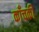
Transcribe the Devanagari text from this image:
काँचकी